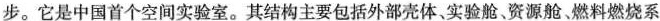
步。它是中国首个空间实验室。其结构主要包括外部壳体、实验舱、资源舱燃料燃烧系